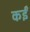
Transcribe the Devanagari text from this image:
कर्इं